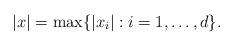
LaTeX: \begin{align*} |x| = \max\{ |x_i| : i=1,\ldots,d\} .\end{align*}